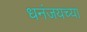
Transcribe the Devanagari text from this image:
धनंजयच्या